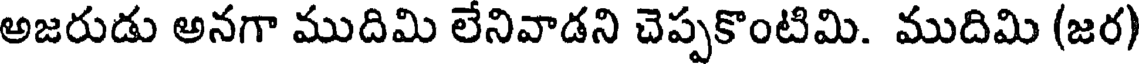
అజరుడు అనగా ముదిమి లేనివాడని చెప్పకొంటిమి. ముదిమి (జర)